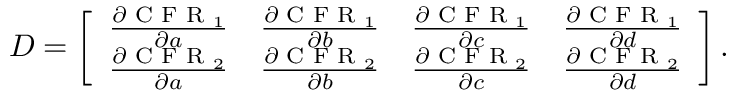
\begin{array} { r } { D = \left[ \begin{array} { l l l l } { \frac { \partial \textrm { C F R } _ { 1 } } { \partial a } } & { \frac { \partial \textrm { C F R } _ { 1 } } { \partial b } } & { \frac { \partial \textrm { C F R } _ { 1 } } { \partial c } } & { \frac { \partial \textrm { C F R } _ { 1 } } { \partial d } } \\ { \frac { \partial \textrm { C F R } _ { 2 } } { \partial a } } & { \frac { \partial \textrm { C F R } _ { 2 } } { \partial b } } & { \frac { \partial \textrm { C F R } _ { 2 } } { \partial c } } & { \frac { \partial \textrm { C F R } _ { 2 } } { \partial d } } \end{array} \right] . } \end{array}